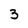
Character: 3